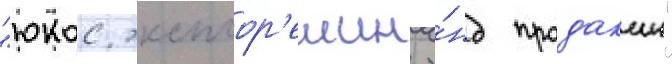
"юкос эксплор'еишн э́нд продакшн"